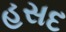
હસદ